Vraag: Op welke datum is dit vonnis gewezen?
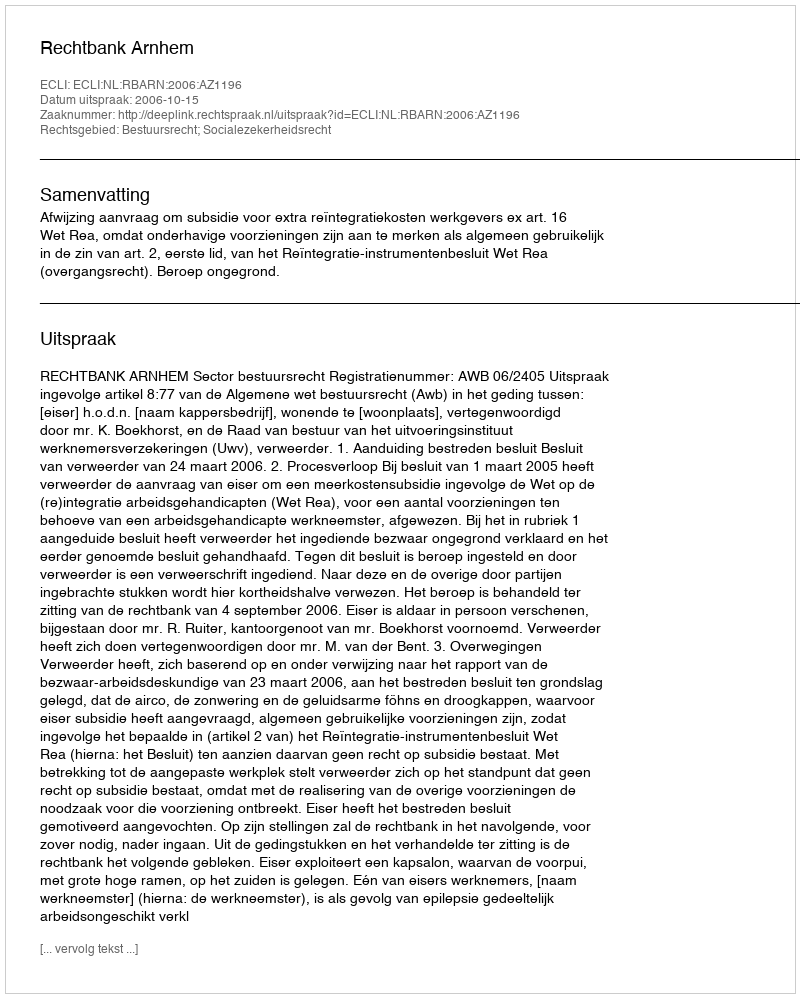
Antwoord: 2006-10-15